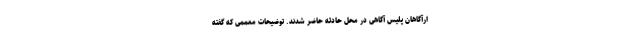
ارآگاهان پلیس آگاهی در محل حادثه حاضر شدند. توضیحات معممی که گفته